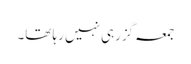
جمعہ گزرہی نہیں رہا تھا۔